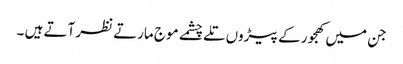
جن میں کھجور کے پیڑوں تلے چشمے موج مارتے نظر آتے ہیں ۔